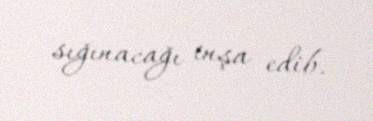
sığınacağı inşa edib.